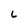
Character: L